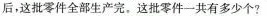
后，这批零件全部生产完。这批零件一共有多少个?